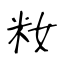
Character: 籹